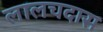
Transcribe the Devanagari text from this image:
लालचदास